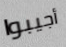
أجيبوا